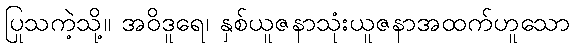
ပြုသကဲ့သို့။ အဝိဒူရေ၊ နှစ်ယူဇနာသုံးယူဇနာအထက်ဟူသော